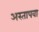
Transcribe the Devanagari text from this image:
अस्तापवा